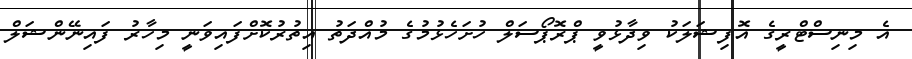
އެ މިނިސްޓްރީގެ އޮފިޝަލަކު ވިދާޅުވީ ޕްރޮޕޯސަލް ހުށަހެޅުމުގެ މުއްދަތު އިތުރުކޮށްފައިވަނީ މިހާރު ފައިނޭންޝަލް